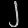
Digit: ၂